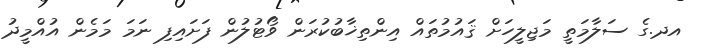
އދ.ގެ ސަލާމަތީ މަޖިލީހަށް ޤައުމުތައް އިންތިޚާބުކުރަން ވޯޓުލުން ފަށައިފި ނަމަ މަމެން އުއްމީދު